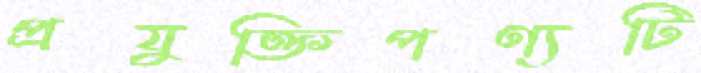
প্রযুক্তিপণ্যটি